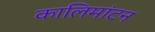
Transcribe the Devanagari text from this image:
कालिमांटन